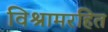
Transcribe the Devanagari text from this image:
विश्रामरहित